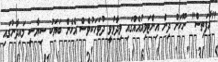
"އާފަތިސް" ނޫހަށް ދިން އިންޓަވިއުއެއްގައި ވިދާޅުވީ ދުވަހަކުވެސް އެހެން ބަޔަކު ސިޔާސީ މައިދާނުގައި